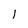
Character: 1